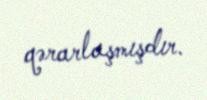
qərarlaşmışdır.